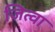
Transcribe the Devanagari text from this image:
जित्वा